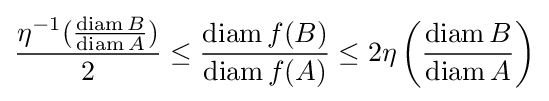
{\frac {\eta ^{-1}({\frac {\operatorname {diam} B}{\operatorname {diam} A}})}{2}}\leq {\frac {\operatorname {diam} f(B)}{\operatorname {diam} f(A)}}\leq 2\eta \left({\frac {\operatorname {diam} B}{\operatorname {diam} A}}\right)